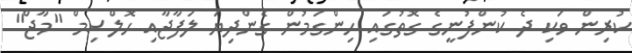
ކުރިން ވަކި ދެ ކުންފުނީގެ ގޮތުގައި ހިންގަމުން ގެންދިޔަ ލަފާޖާއި ހޮލްސިމް "މާޖް"